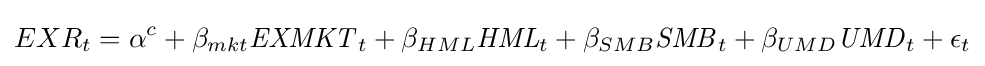
EXR_{t}=\alpha ^{c}+\beta _{mkt}{\mathit {EXMKT}}_{t}+\beta _{HML}{\mathit {HML}}_{t}+\beta _{SMB}{\mathit {SMB}}_{t}+\beta _{UMD}{\mathit {UMD}}_{t}+\epsilon _{t}